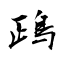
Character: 鴊